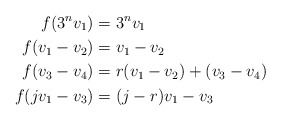
\begin{align*}f(3^n v_1) &= 3^n v_1 \\f(v_1 - v_2) &= v_1 - v_2 \\f(v_3 - v_4) &= r (v_1 - v_2) + (v_3 - v_4) \\f(j v_1 - v_3) &= (j - r) v_1 - v_3\end{align*}